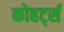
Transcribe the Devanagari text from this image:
कोहर्ट्स